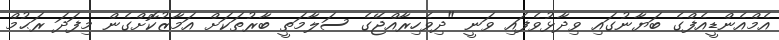
އެމްއެންޑީއެފްގެ ބަޔާނުގައި ވިދާޅުވެފައި ވަނީ "ދިވެހިރާއްޖޭގެ ސަލާމަތީ ބާރުތަކަށް އަމާޒުކޮށްގެން މިފަދަ ރަޙުމް